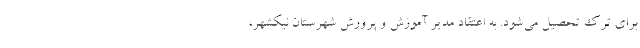
برای ترک تحصیل می‌شود. به اعتقاد مدیر آموزش و پرورش شهرستان نیکشهر،